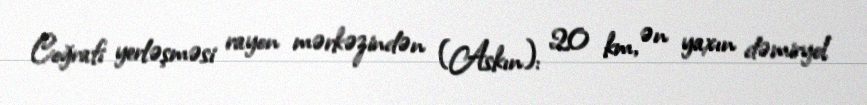
Coğrafi yerləşməsi rayon mərkəzindən (Askın): 20 km, ən yaxın dəmiryol